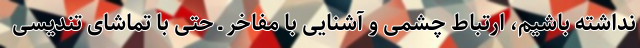
نداشته باشیم، ارتباط چشمی و آشنایی با مفاخر ـ حتی با تماشای تندیسی